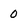
Character: 0